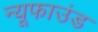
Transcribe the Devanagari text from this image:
न्यूफाउंड